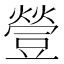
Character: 䝁